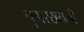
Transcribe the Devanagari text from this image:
चुगरख्यैली